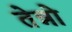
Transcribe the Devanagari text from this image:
तेन्नो